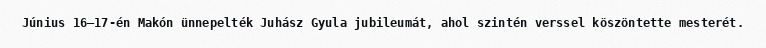
Június 16–17-én Makón ünnepelték Juhász Gyula jubileumát, ahol szintén verssel köszöntette mesterét.